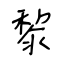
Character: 黎